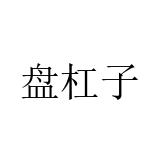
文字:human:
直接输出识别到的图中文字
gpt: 盘杠子